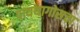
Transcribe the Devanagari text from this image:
पायथागोसचा